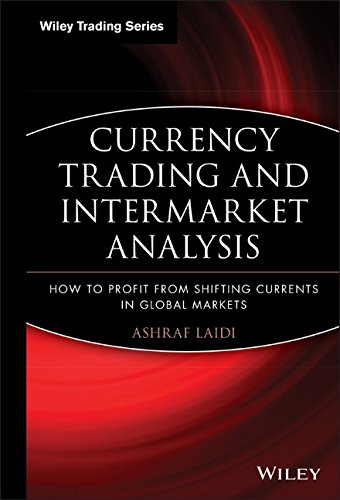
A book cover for Currency Trading and Intermarket Analysis: How to Profit from the Shifting Currents in Global Markets; Ashraf LaÃ¯di; Business & Money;